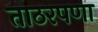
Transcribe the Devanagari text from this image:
ताठरपणा